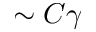
\sim C \gamma